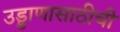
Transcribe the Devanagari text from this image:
उड्डाणासाठीची